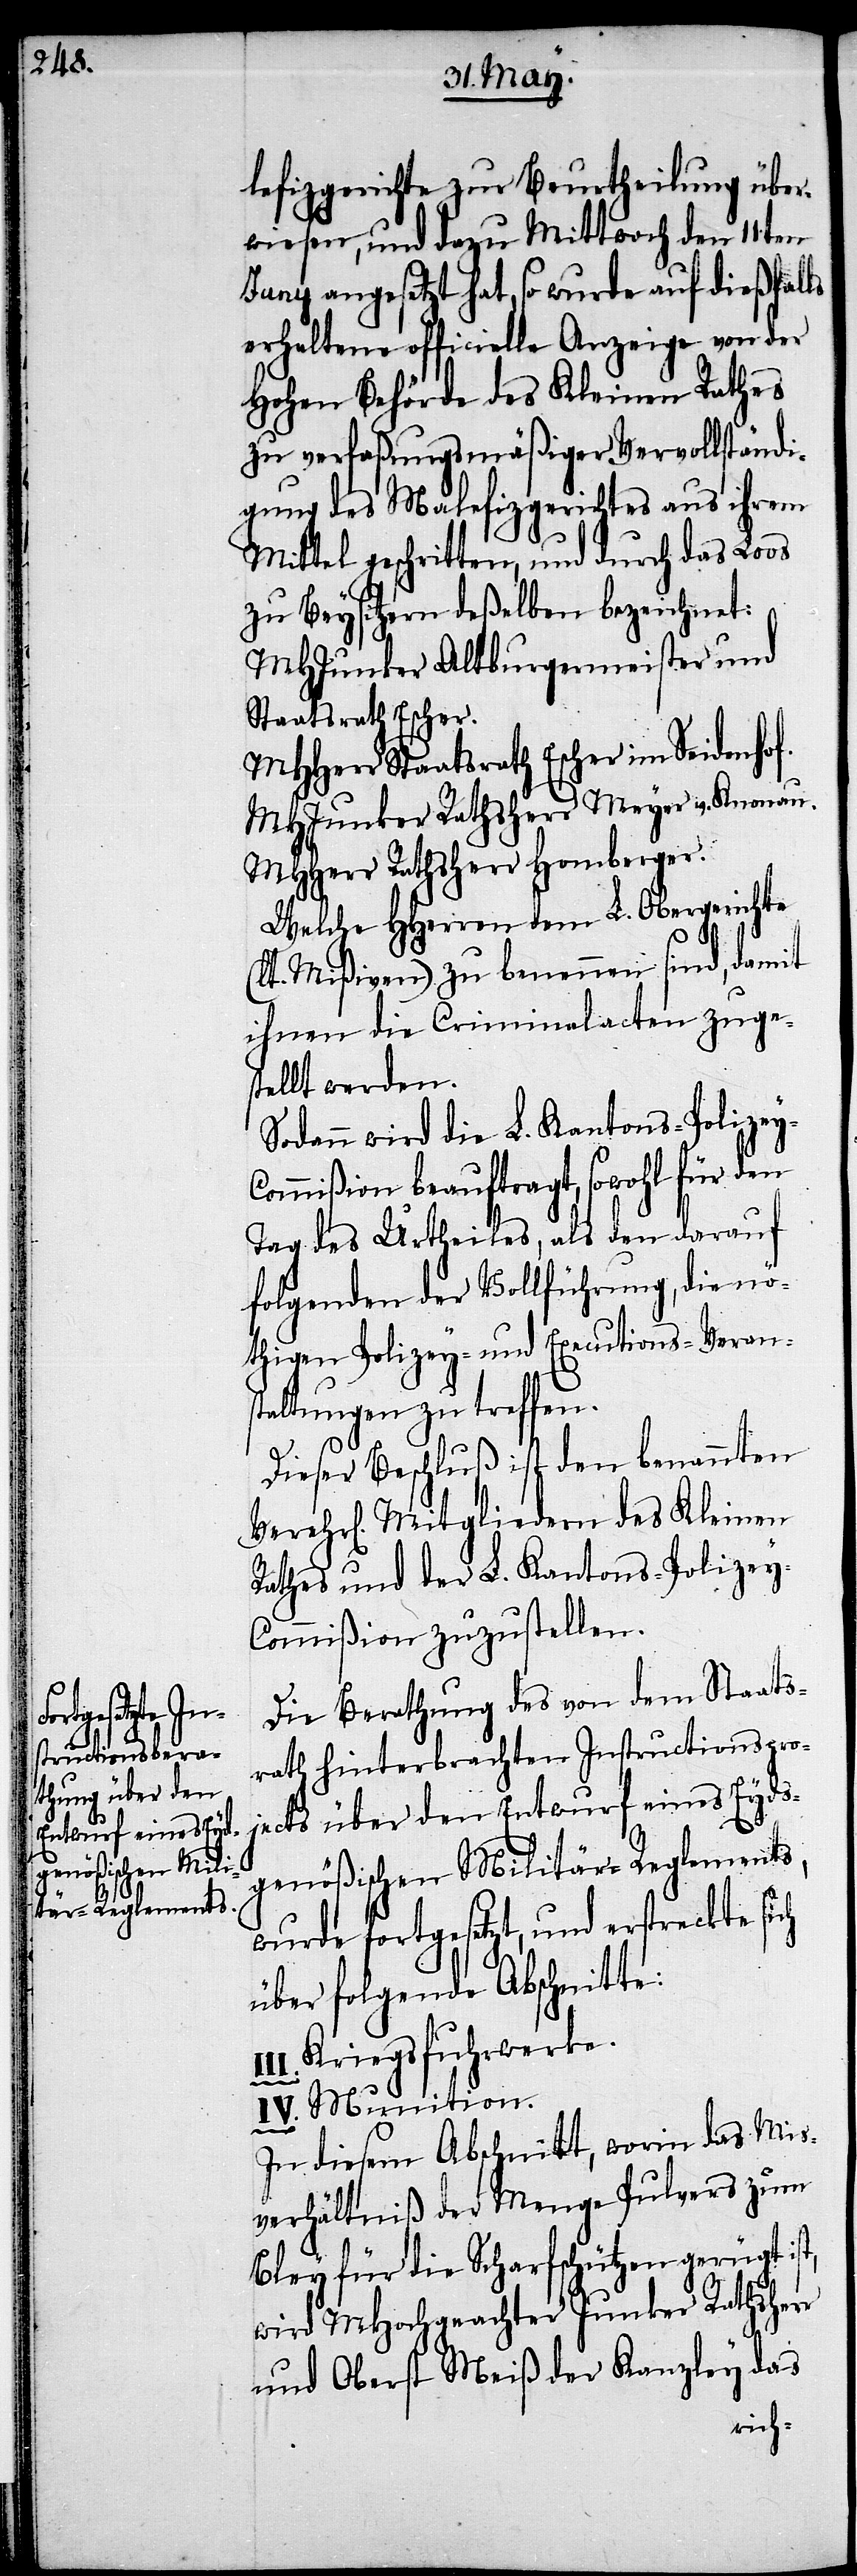
Verehr[li¬

lefizgerichte zur Beurtheilung über¬
wiesen, und dazu Mittwoch den 11ten
Juny angesetzt hat, so wurde auf dießfalls
erhaltene officielle Anzeige von der
Hohen Behörde des Kleinen Rathes
zu verfaßungsmäßiger Vervollständi¬
gung des Malefizgerichtes aus ihrem
Mittel geschritten, und durch das Loos
zu Beysitzern deßelben bezeichnet:
MHJunker Altburgermeister und
Staatsrath Escher.
MHHerr Staatsrath Escher im Seidenhof.
MHJunker Rathsherr Meyer v. Knonau.
MHHerr Rathsherr Homberger.
Welche HHerren dem L. Obergerichte
Mißiven) zu benennen sind, damit
ihnen die Criminalacten zuge¬
stellt werden.
Sodann wird die L. Kantons-Polizey-C¬
ommißion beauftragt, sowohl für den
Tag des Urtheiles, als den darauf
folgenden der Vollführung, die nö¬
thigen Polizey- und Executions-Verans¬
taltungen zu treffen.
Dieser Beschluß ist den benannten
chen] Mitgliedern des Kleinen
Rathes und der L. Kantons-Polizey-C¬
ommißion zuzustellen.
Die Berathung des von dem Staats¬
rath hinterbrachten Instructionsproj¬
ects über den Entwurf eines Eyds¬
genößischen Militär-Reglements,
wurde fortgesetzt, und erstreckte s¬
über folgende Abschnitte:
Kriegsfuhrwerke.
IV. Munition.
In diesem Abschnitt, worin das Mis¬
verhältniß der Menge Pulvers zum
Bley für die Scharfschützen gerügt
wird MHochgeachter Junker Rathsherr
und Oberst Meiß der Kanzley das
ich